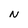
Character: N